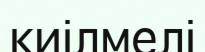
киілмелі